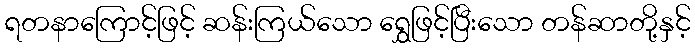
ရတနာကြောင့်ဖြင့် ဆန်းကြယ်သော ရွှေဖြင့်ပြီးသော တန်ဆာတို့နှင့်